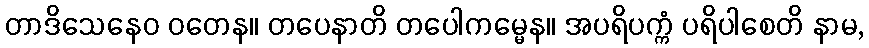
တာဒိသေနေဝ ဝတေန။ တပေနာတိ တပေါကမ္မေန။ အပရိပက္ကံ ပရိပါစေတိ နာမ,